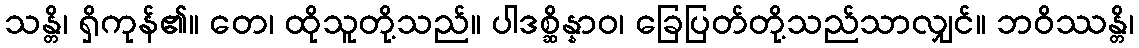
သန္တိ၊ ရှိကုန်၏။ တေ၊ ထိုသူတို့သည်။ ပါဒစ္ဆိန္နာဝ၊ ခြေပြတ်တို့သည်သာလျှင်။ ဘဝိဿန္တိ၊